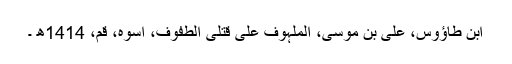
ابن طاؤوس، علی بن موسی، الملہوف علی قتلی الطفوف، اسوہ، قم، 1414ھ ۔